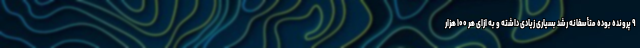
۹ پرونده بوده متأسفانه رشد بسیاری زیادی داشته و به ازای هر ۱۰۰ هزار